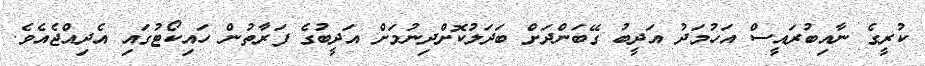
ކުރީގެ ނާއިބުރައީސް އަހުމަދު އަދީބު ގޭބަންދަށް ބަދަލުކޮށްދިނުމަށް އަދީބުގެ ފަރާތުން ހައިކޯޓުގައި އެދިއްޖެއެވެ.